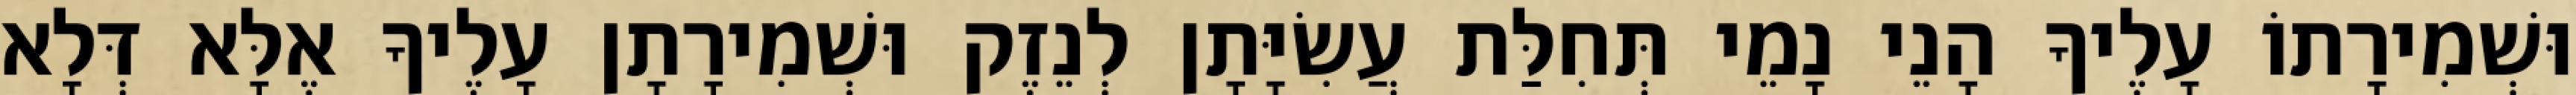
וּשְׁמִירָתוֹ עָלֶיךָ הָנֵי נָמֵי תְּחִלַּת עֲשִׂיָּתָן לְנֵזֶק וּשְׁמִירָתָן עָלֶיךָ אֶלָּא דְּלָא